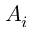
A _ { i }